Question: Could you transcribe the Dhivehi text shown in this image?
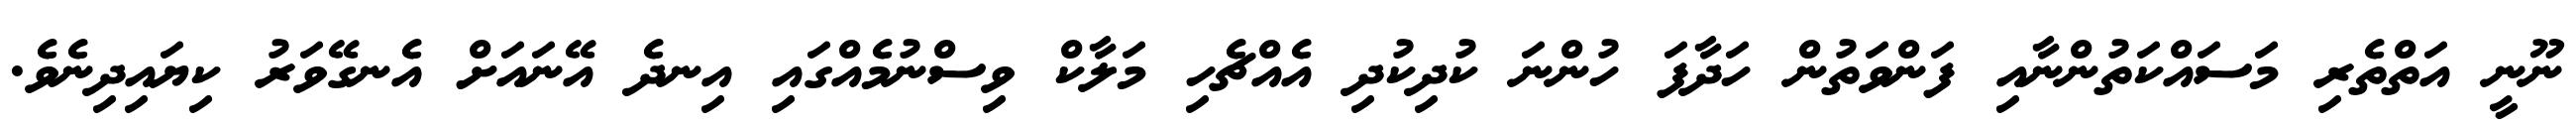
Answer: ނޫނީ އަތްތެރި މަސައްކަތުންނާއި ފަންވަތުން ހަދާފަ ހުންނަ ކުދިކުދި އެއްޗެހި މަލާކް ވިސްނުމެއްގައި އިނދެ އޭނައަށް އެނގޭވަރު ކިޔައިދިނެވެ.